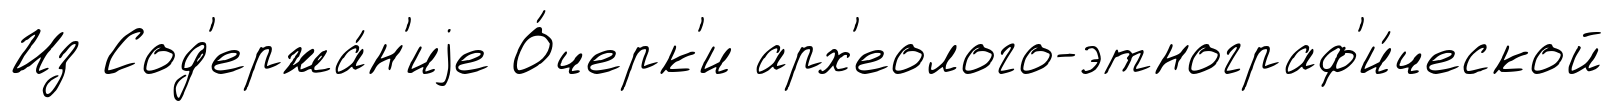
Из Сод'ержа́н'иjе О́черк'и арх'еолого-этнограф'и́ческой